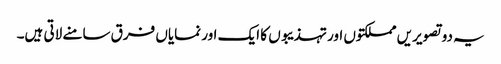
یہ دو تصویریں مملکتوں اور تہذیبوں کا ایک اور نمایاں فرق سامنے لاتی ہیں۔